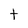
Character: t